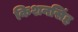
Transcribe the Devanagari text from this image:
किशनसिंह